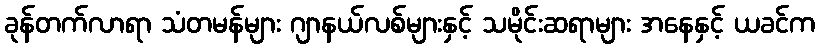
ခုန်တက်လာရာ သံတမန်များ ဂျာနယ်လစ်များနှင့် သမိုင်းဆရာများ အနေနှင့် ယခင်က